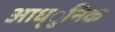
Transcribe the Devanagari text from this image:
आध्ुनिक